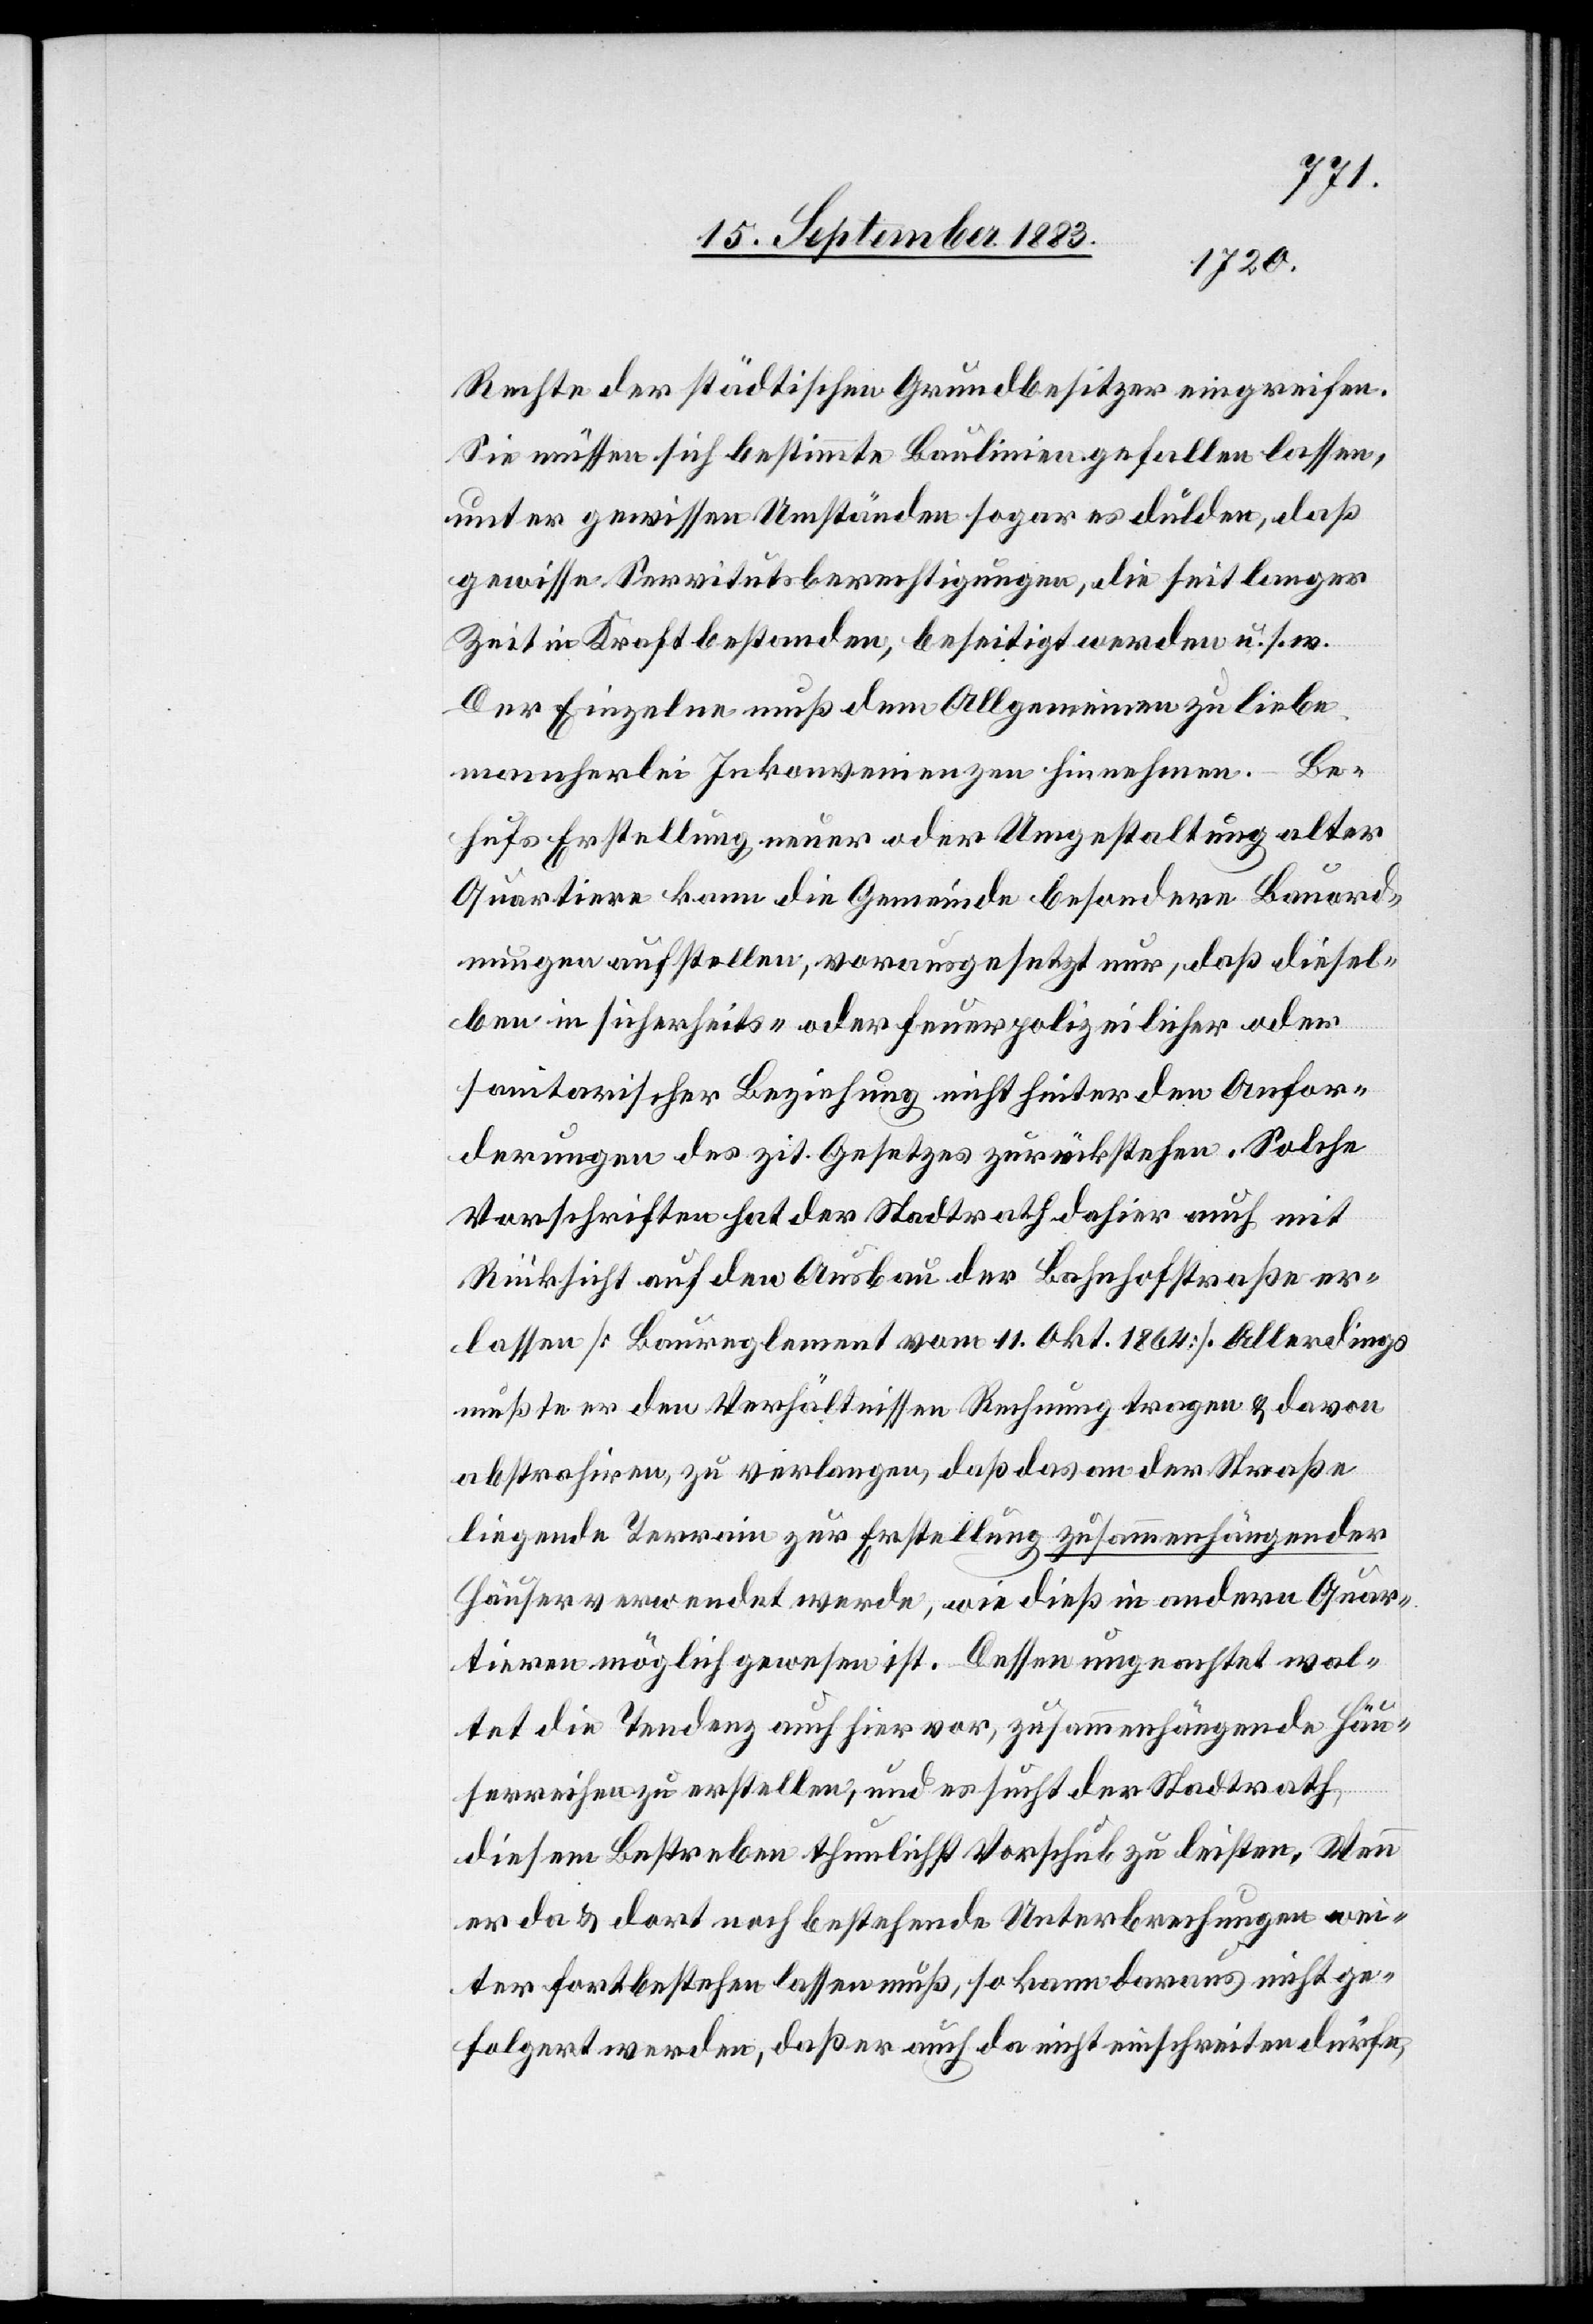
Rechte der städtischen Grundbesitzer eingreifen.
Sie müssen sich bestimmte Baulinien gefallen lassen,
unter gewissen Umständen sogar dulden, daß
gewisse Servitutsberechtigungen, die seit langer
Zeit in Kraft bestanden, beseitigt werden u. s. w.
Der Einzelne muß dem Allgemeinen zu liebe
mancherlei Inkonvenienzen hinnehmen. Be¬
hufs Erstellung neuer oder Umgestaltung alter
Quartiere kann die Gemeinde besondere Bauord¬
nungen aufstellen; vorausgesetzt nur, daß diesel¬
ben in sicherheits- oder feuerpolizeilicher oder
sanitarischer Beziehung nicht hinter den Anfor¬
derungen des zit. Gesetzes zurückstehen. Solche
Vorschriften hat der Stadtrath dahier auch mit
Rücksicht auf den Ausbau der Bahnhofstraße er¬
lassen [Baureglement vom 11. Okt. 1864]. Allerdings
mußte er den Verhältnissen Rechnung tragen & davon
abstrahiren, zu verlangen, daß das an der Straße
liegende Terrain zur Erstellung zusammenhängender
Häuser verwendet werde, wie dieß in andern Quar¬
tieren möglich gewesen ist. Dessen ungeachtet wal¬
tet die Tendenz auch hier vor, zusammenhängende Häu¬
serreihen zu erstellen, uns es sucht der Stadtrath,
diesem Bestreben thunlichst Vorschub zu leisten. Wenn
er da & dort noch bestehende Unterbrechungen wei¬
ter fortbestehen lassen muß, so kann daraus nicht ge¬
folgert werden, daß er auch da nicht einschreiten dürfe,